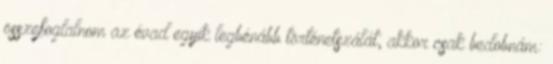
összefoglalnom az évad egyik legbénább történetszálát, akkor csak bedobnám: